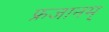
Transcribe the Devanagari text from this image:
फ्रजानम्